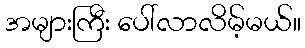
အများကြီး ပေါ်လာလိမ့်မယ်။